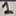
Text: 1